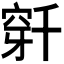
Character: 𬔌